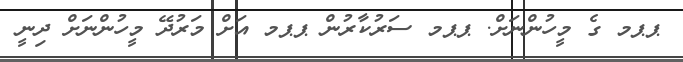
ޕޕމ ގެ މީހުންނަށް. ޕޕމ ސަރުކާރުން ޕޕމ އަށް މަރުދޭ މީހުންނަށް ދިނީ